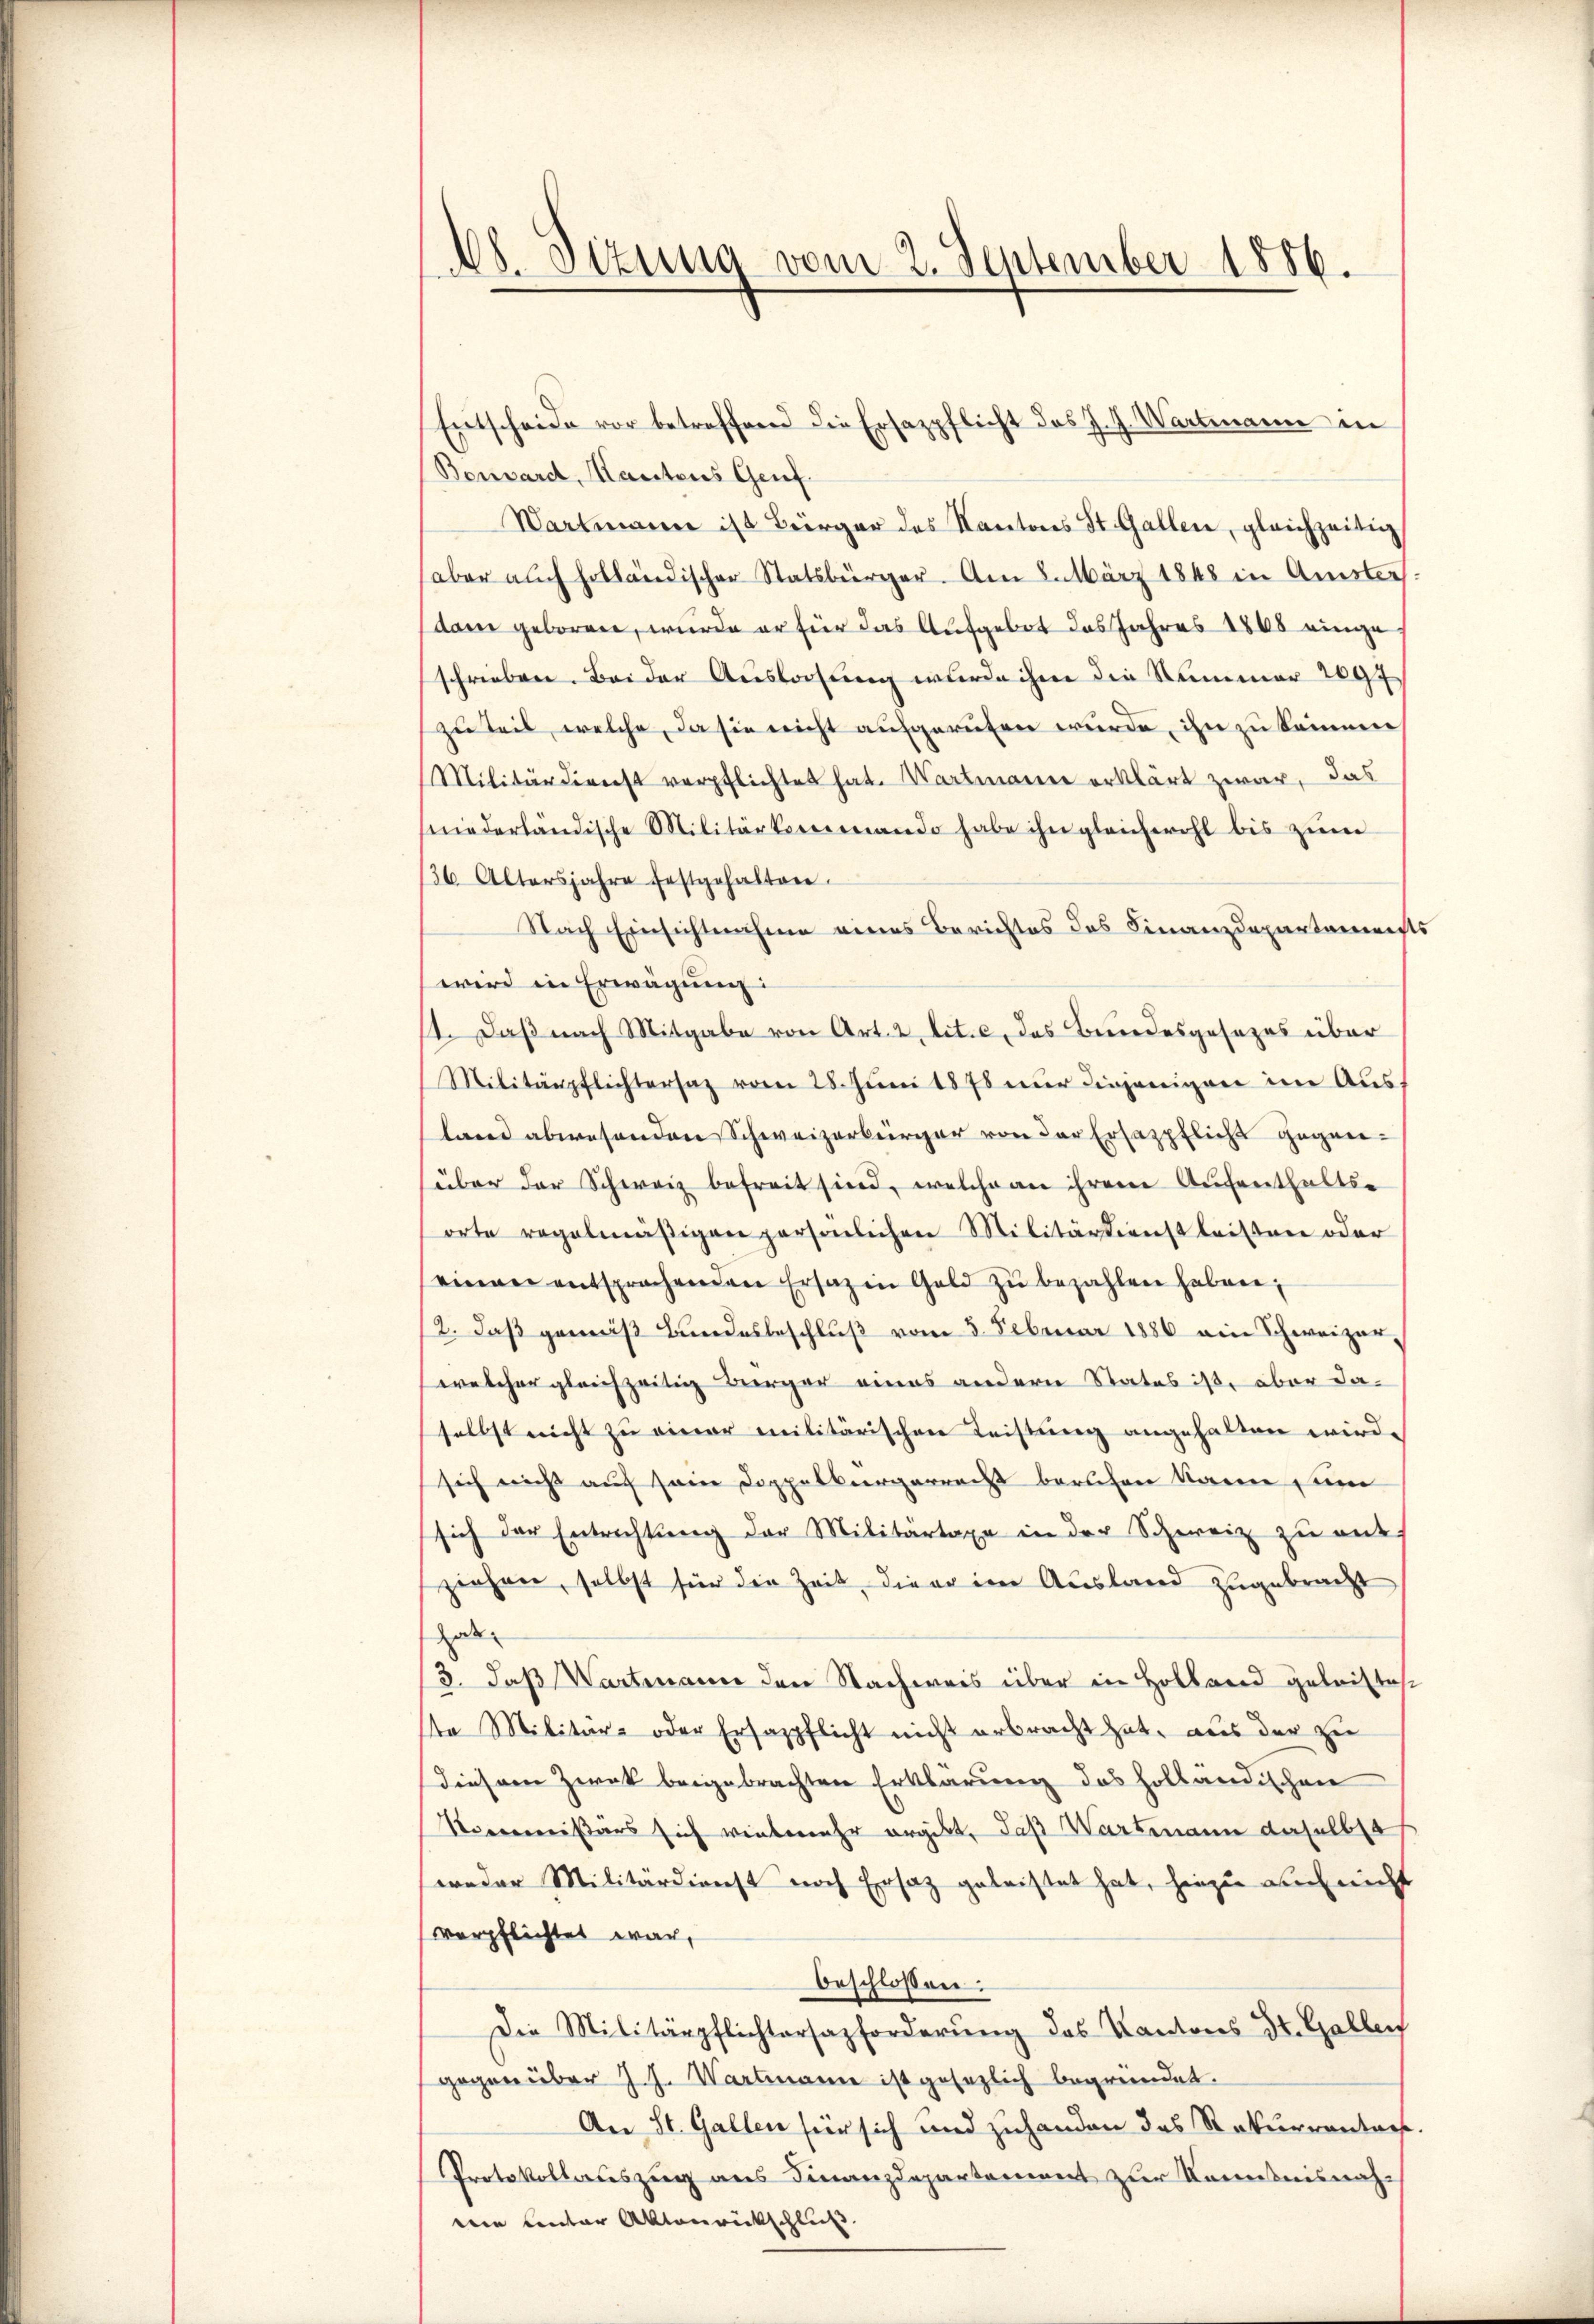
48. Sizung vom 2. September 1886.

Bossard, Kantons Genf.
Wartmann ist Bürger des Kantons St. Gallen, gleichzeitig
aber auch holländischer Statsbürger. Am 8. März 1848 in Amsters
dam geboren, wurde er für das Aufgebot des Jahres 1865 einge
schrieben. Bei der Auslagung wurde ihm die Nummer 2097
zu teil, welche, da sie nicht aufgerufen wurde, ihn zu keinen
Militärdienst verpflichtet hat. Wartmann erklärt zwar, das
niederländische Militärkommando habe ihn gleichwohl bis zŭm
36. Altersjahre festgehalten.
Nach Einsichtnahme eines Berichtes des Finanzdepartaments
wird in Erwägung:
11. Daß nach Mitgabe von Art. 2 lit. c, das Bundesgesezes über
Militärpflichtersaz vom 28. Jŭni 1878 nŭr diejenigen im Ausland abwesenden Schweizerbürger von der Ersatzpflicht gegenüber der Schweiz befreit sind, welche an ihrem Aufenthaltse
orte regelmäβigen persönlichen Militärdienstleisten oder
einen entsprachenden Ersatz in Geld zŭ bezahlen haben;
2. daß gemäß Bundesbeschluß vom 3. Februar 1886 ein Schweizer-
welcher gleichzeitig Berger eines andern Status ist, aber daselbst nicht zu einer militärischen Leistung angehalten wird.
sich nicht auf sein Doppelbergerrecht berechen kann, um
sich der Entrichtŭng der Militärtaxe in der Schweiz zŭ ent-
ziehen, selbst für die Zeit, dieer im Ausland zugebracht
hab
/3. daß Wartmann den Nachweis über in Holland geleistes
ste Militär- oder Ersazpflicht nicht erbracht hat, aus der zu
diesem Zweck beigebrachten Erklärung des holländischen
Norcommißärs sich vielmehr ergibt, daß Wartmann daselbe
weder Militärdienst noch Ersatz geleistet hat, hiezu auch nicht
verpflichtet war,
beschlossen:
Die Militärpflichtersazforderŭng des Kantons St. Gallen
gegenüber J. J. Wartmann ist gesezlich begründet.
An St. Gallen für sich und zuhanden das Rekurrentars.
Protokollauszug aus Finanzdepartement zur Kenntnisnahwin conter Aktenrückschluß

Entscheide vor betreffend die Ersazpflicht des J. J. Wartmann in